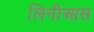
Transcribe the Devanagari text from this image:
लिनीआस